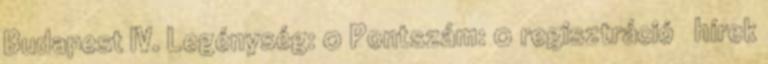
Budapest IV. Legénység: 0 Pontszám: 0 regisztráció hírek